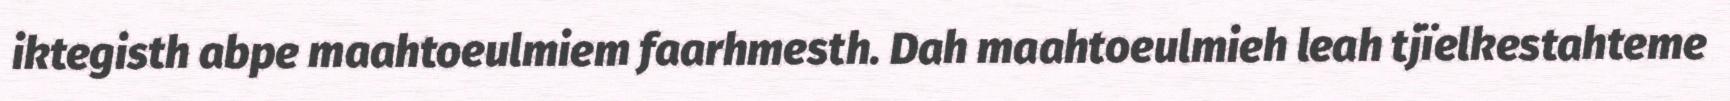
iktegisth abpe maahtoeulmiem faarhmesth. Dah maahtoeulmieh leah tjïelkestahteme